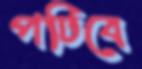
পটিবে